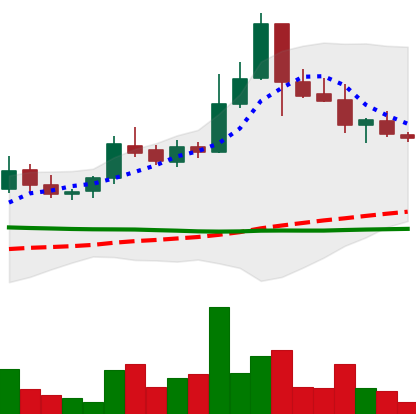
Ticker: BTC-USD
Chart end date: 2015-07-19
Forward return: 5.359%
Label: up_5_7